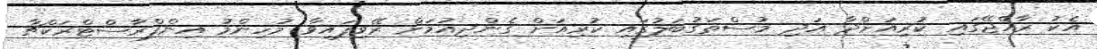
އެކު ރާއްޖޭގައި ކުރިއަށްދާ އަދި މުސްތަގުބަލުގައި ކުރިއަށް ގެންދިއުމަށް ރޭވިފައިވާ މުހިންމު އިންފްރާސްޓްރަކްޗާ